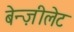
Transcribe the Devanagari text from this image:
बेन्ज़ीलेट